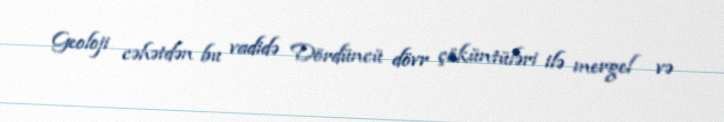
Geoloji cəhətdən bu vadidə Dördüncü dövr çöküntüləri ilə mergel və